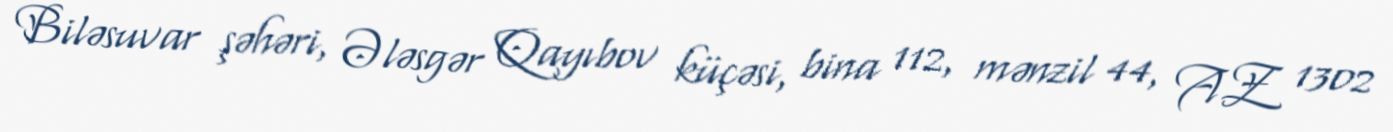
Biləsuvar şəhəri, Ələsgər Qayıbov küçəsi, bina 112, mənzil 44, AZ 1302